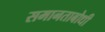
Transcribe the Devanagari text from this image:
समानताबोधी